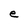
Character: e